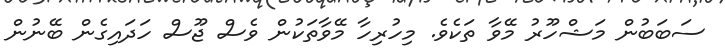
ސަބަބުން މަޝްހޫރު މޭވާ ތަކެވެ. މިހުރިހާ މޭވާތަކުން ވެސް ޖޫސް ހަދައިގެން ބޭނުން